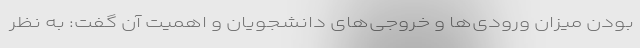
بودن میزان ورودی‌ها و خروجی‌های دانشجویان و اهمیت آن گفت: به نظر